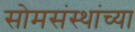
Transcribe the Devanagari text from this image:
सोमसंस्थांच्या